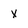
Character: x